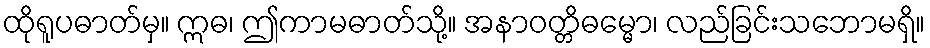
ထိုရူပဓာတ်မှ။ ဣဓ၊ ဤကာမဓာတ်သို့။ အနာဝတ္တိဓမ္မော၊ လည်ခြင်းသဘောမရှိ။